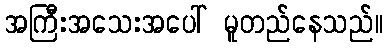
အကြီးအသေးအပေါ် မူတည်နေသည်။